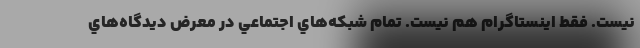
نيست. فقط اينستاگرام هم نيست. تمام شبكه‌هاي اجتماعي در معرض ديدگاه‌هاي